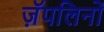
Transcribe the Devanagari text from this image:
ज़ॅपलिनों